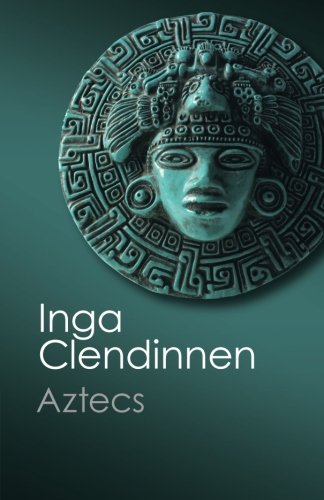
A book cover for Aztecs: An Interpretation (Canto Classics); Inga Clendinnen; History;